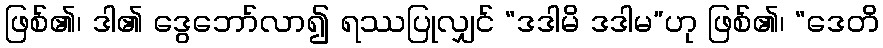
ဖြစ်၏၊ ဒါ၏ ဒွေဘော်လာ၍ ရဿပြုလျှင် “ဒဒါမိ ဒဒါမ”ဟု ဖြစ်၏၊ “ဒေတိ